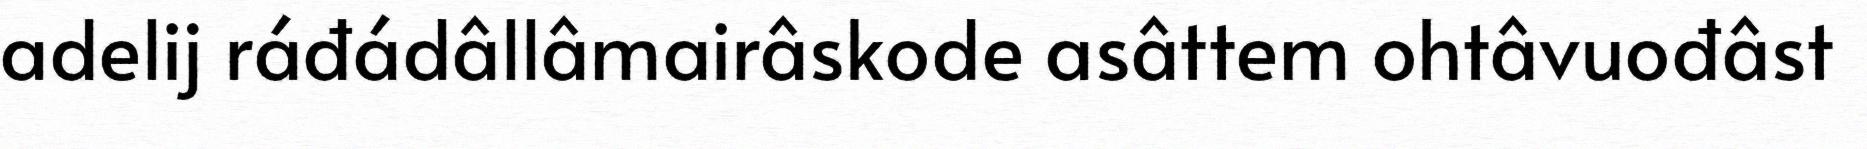
adelij ráđádâllâmairâskode asâttem ohtâvuođâst